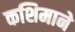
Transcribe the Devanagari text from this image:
कशिमाने